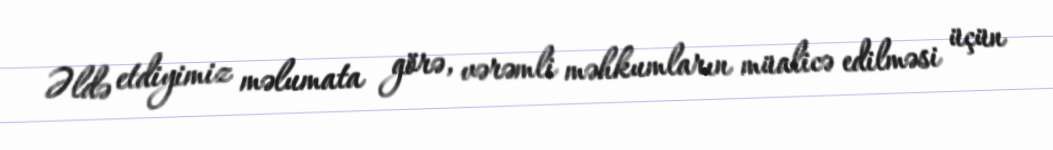
Əldə etdiyimiz məlumata görə, vərəmli məhkumların müalicə edilməsi üçün